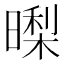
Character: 𭧜